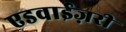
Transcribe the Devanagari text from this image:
एडवाईज़री